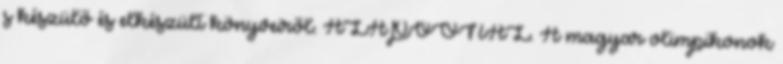
s készülő és elkészült könyveiről. ALAPVONAL. A magyar olimpikonok